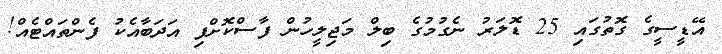
އޭޑީސީގެ ގޮތުގައި 25 ޑޮލަރު ނެގުމުގެ ބިލް މަޖިލީހުން ފާސްކޮށްފި އަދަބާއެކު ފެންތައްޓެއް!